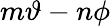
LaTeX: m\vartheta-n\phi